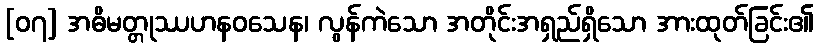
[၀၇] အဓိမတ္တုဿဟနဝသေန၊ လွန်ကဲသော အတိုင်းအရှည်ရှိသော အားထုတ်ခြင်း၏